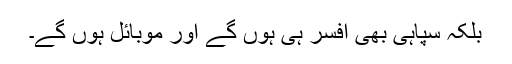
بلکہ سپاہی بھی افسر ہی ہوں گے اور موبائل ہوں گے۔